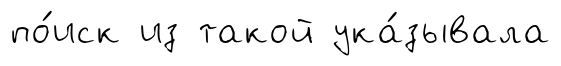
по́иск из такой ука́зывала